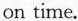
on time.